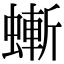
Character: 螹